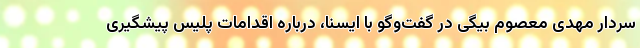
سردار مهدی معصوم بیگی در گفت‌وگو با ایسنا، درباره اقدامات پلیس پیشگیری